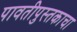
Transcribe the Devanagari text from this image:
पावतीपुस्तकाचा